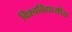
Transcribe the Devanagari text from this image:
विश्वविद्यायीय